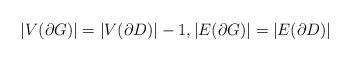
LaTeX: \begin{align*}|V(\partial G)| = |V(\partial D)|-1, |E(\partial G)| = |E(\partial D)|\end{align*}